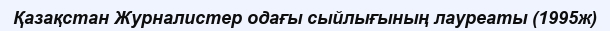
Қазақстан Журналистер одағы сыйлығының лауреаты (1995ж)